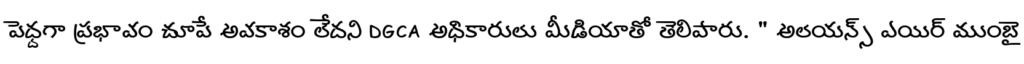
పెద్దగా ప్రభావం చూపే అవకాశం లేదని DGCA అధికారులు మీడియాతో తెలిపారు. " అలయన్స్ ఎయిర్ ముంబై